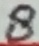
Text: 8